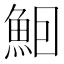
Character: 𬵈